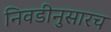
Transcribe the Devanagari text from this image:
निवडीनुसारच